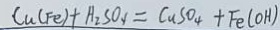
C u ( F e ) + H _ { 2 } S O _ { 4 } = C u S O _ { 4 } + F e ( O H )